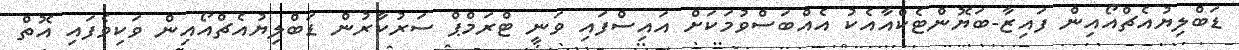
ޑަބްލިޔުއެޗްއޯއިން ފައިޒާ-ބަޔޮންޓެކްއާއެކު އެއްބަސްވުމަކަށް އައިސްފައި ވަނީ ޓްރަމްޕް ސަރުކާރުން ޑަބްލިޔުއެޗްއޯއިން ވަކިވެފައި އޮތް